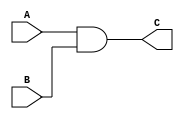
module ANDGate
(
  input A,
  input B,
  output reg C
);

  always@(*)
    C = A & B;

endmodule